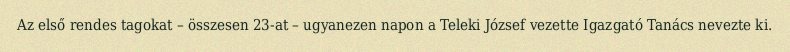
Az első rendes tagokat – összesen 23-at – ugyanezen napon a Teleki József vezette Igazgató Tanács nevezte ki.